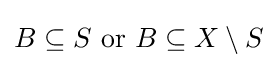
B\subseteq S{\text{ or }}B\subseteq X\setminus S